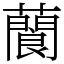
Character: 䕞